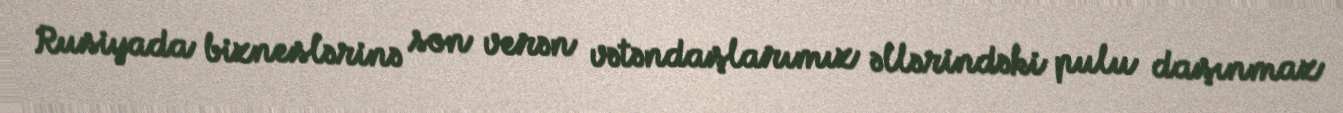
Rusiyada bizneslərinə son verən vətəndaşlarımız əllərindəki pulu daşınmaz